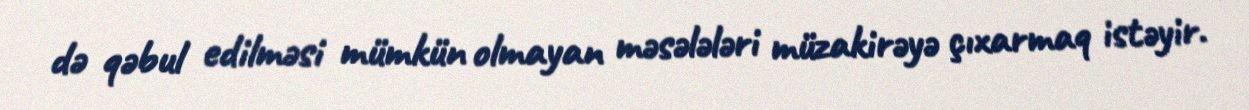
də qəbul edilməsi mümkün olmayan məsələləri müzakirəyə çıxarmaq istəyir.